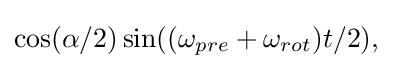
\cos(\alpha /2)\sin((\omega _{pre}+\omega _{rot})t/2),\